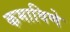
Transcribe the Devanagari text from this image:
कमाविणे